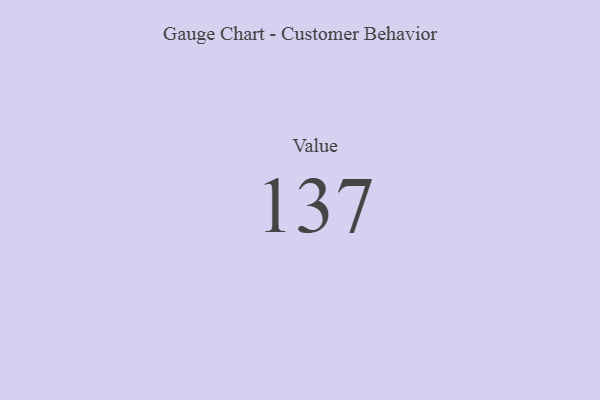
{"axis": {"x": "Metric", "y": "Value"}, "legend": [""], "data": [{"x": "Value", "y": 137, "type": ""}]}